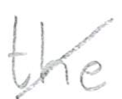
Text: the
Cross-out: diagonal
Writing tool: pencil